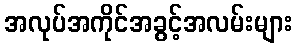
အလုပ်အကိုင်အခွင့်အလမ်းများ